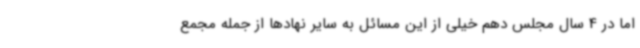
اما در 4 سال مجلس دهم خیلی از این مسائل به سایر نهادها از جمله مجمع